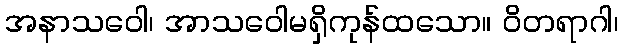
အနာသဝေါ၊ အာသဝေါမရှိကုန်ထသော။ ဝိတရာဂါ၊